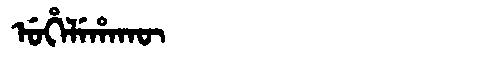
Manchu: ᡠᡥᡝᠯᡝᡥᠠᡴᡡ
Romanization: UHELEHAKŪ